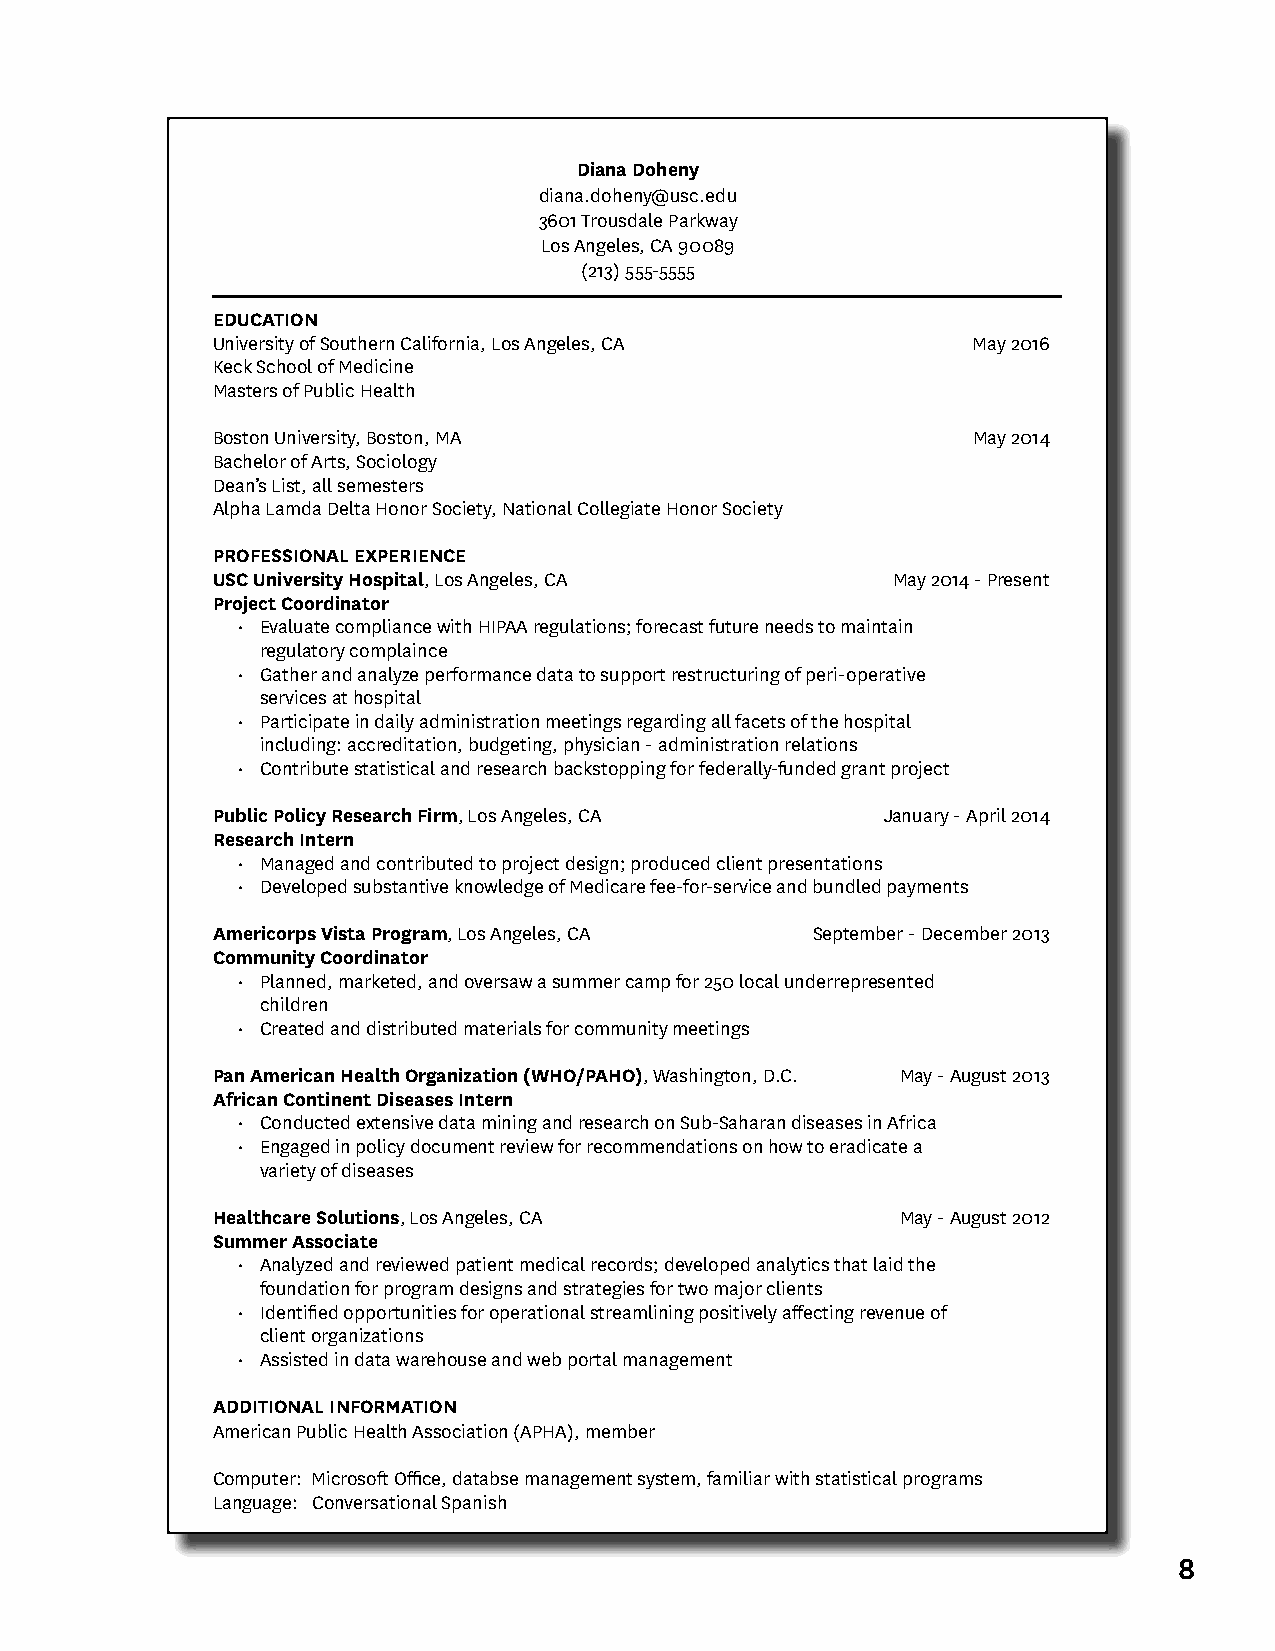
Diana Doheny
 diana.doheny@usc.edu
 3601 Trousdale Parkway
 Los Angeles, CA 90089
 (213) 555-5555
 EDUCATION
 University of Southern California, Los Angeles, CA May 2016
 Keck School of Medicine
 Masters of Public Health
 Boston University, Boston, MA                     May 2014
 Bachelor of Arts, Sociology
 Dean’s List, all semesters
 Alpha Lamda Delta Honor Society, National Collegiate Honor Society
 PROFESSIONAL EXPERIENCE
 USC University Hospital, Los Angeles, CA     May 2014 - Present
 Project Coordinator
 • Evaluate compliance with HIPAA regulations; forecast future needs to maintain
 regulatory complaince
 • Gather and analyze performance data to support restructuring of peri-operative
 services at hospital
 • Participate in daily administration meetings regarding all facets of the hospital
 including: accreditation, budgeting, physician - administration relations
 • Contribute statistical and research backstopping for federally-funded grant project
 Public Policy Research Firm, Los Angeles, CA January - April 2014
 Research Intern
 • Managed and contributed to project design; produced client presentations
 • Developed substantive knowledge of Medicare fee-for-service and bundled payments
 Americorps Vista Program, Los Angeles, CA September - December 2013
 Community Coordinator
 • Planned, marketed, and oversaw a summer camp for 250 local underrepresented
 children
 • Created and distributed materials for community meetings
 Pan American Health Organization (WHO/PAHO), Washington, D.C. May - August 2013
 African Continent Diseases Intern
 • Conducted extensive data mining and research on Sub-Saharan diseases in Africa
 • Engaged in policy document review for recommendations on how to eradicate a
 variety of diseases
 Healthcare Solutions, Los Angeles, CA         May - August 2012
 Summer Associate
 • Analyzed and reviewed patient medical records; developed analytics that laid the
 foundation for program designs and strategies for two major clients
 • Identified opportunities for operational streamlining positively affecting revenue of
 client organizations
 • Assisted in data warehouse and web portal management
 ADDITIONAL INFORMATION
 American Public Health Association (APHA), member
 Computer: Microsoft Office, databse management system, familiar with statistical programs
 Language: Conversational Spanish
 8